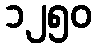
၁၂၅၀